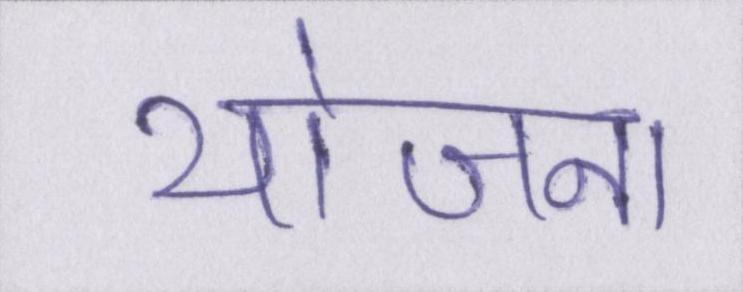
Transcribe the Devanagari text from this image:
योजना